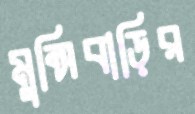
মুন্সিবাড়ির